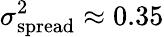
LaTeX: \sigma_{\mathrm{spread}}^{2}\approx 0.35